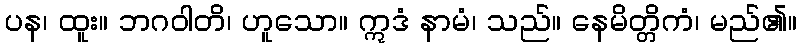
ပန၊ ထူး။ ဘဂဝါတိ၊ ဟူသော။ ဣဒံ နာမံ၊ သည်။ နေမိတ္တိကံ၊ မည်၏။